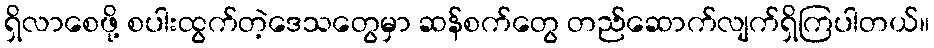
ရှိလာစေဖို့ စပါးထွက်တဲ့ဒေသတွေမှာ ဆန်စက်တွေ တည်ဆောက်လျက်ရှိကြပါတယ်။